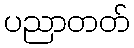
ပညာတတ်